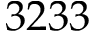
3 2 3 3